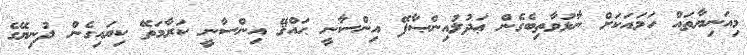
މިއަނިޔާތައް ހަމައަކަށް ނާޅުވާތިބެގެން ޢަދުލުއިންޞާފޭ އިންސާނީ ޙައްޤޭ އިންސާނީ ކަރާމަތޭ ކިޔައިގެން ދުނިޔޭގެ